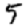
Digit: 5